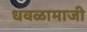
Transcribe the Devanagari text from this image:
धवळामाजी